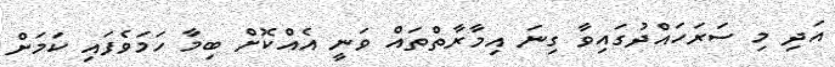
އަދި މި ސަރަހައްދުގައިވާ ގިނަ އިމާރާތްތައް ވަނީ އެއްކޮށް ބިމާ ހަމަވެފައި ކަމަށް